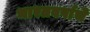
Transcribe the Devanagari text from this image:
भारतवर्षाचे